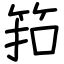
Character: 筘